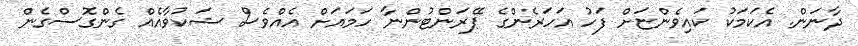
ދާނަން. އެކަމަކު ކައިވެންޏަށް ފަހު އަހަރެންގެ ޕޭރަންޓުންނާ ހަމައަށް އެއްވެސް ޝަކުވާއެއް ގެންގޮސްގެން